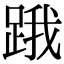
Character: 𨁟